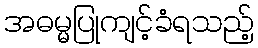
အဓမ္မပြုကျင့်ခံရသည့်